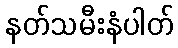
နတ်သမီးနံပါတ်